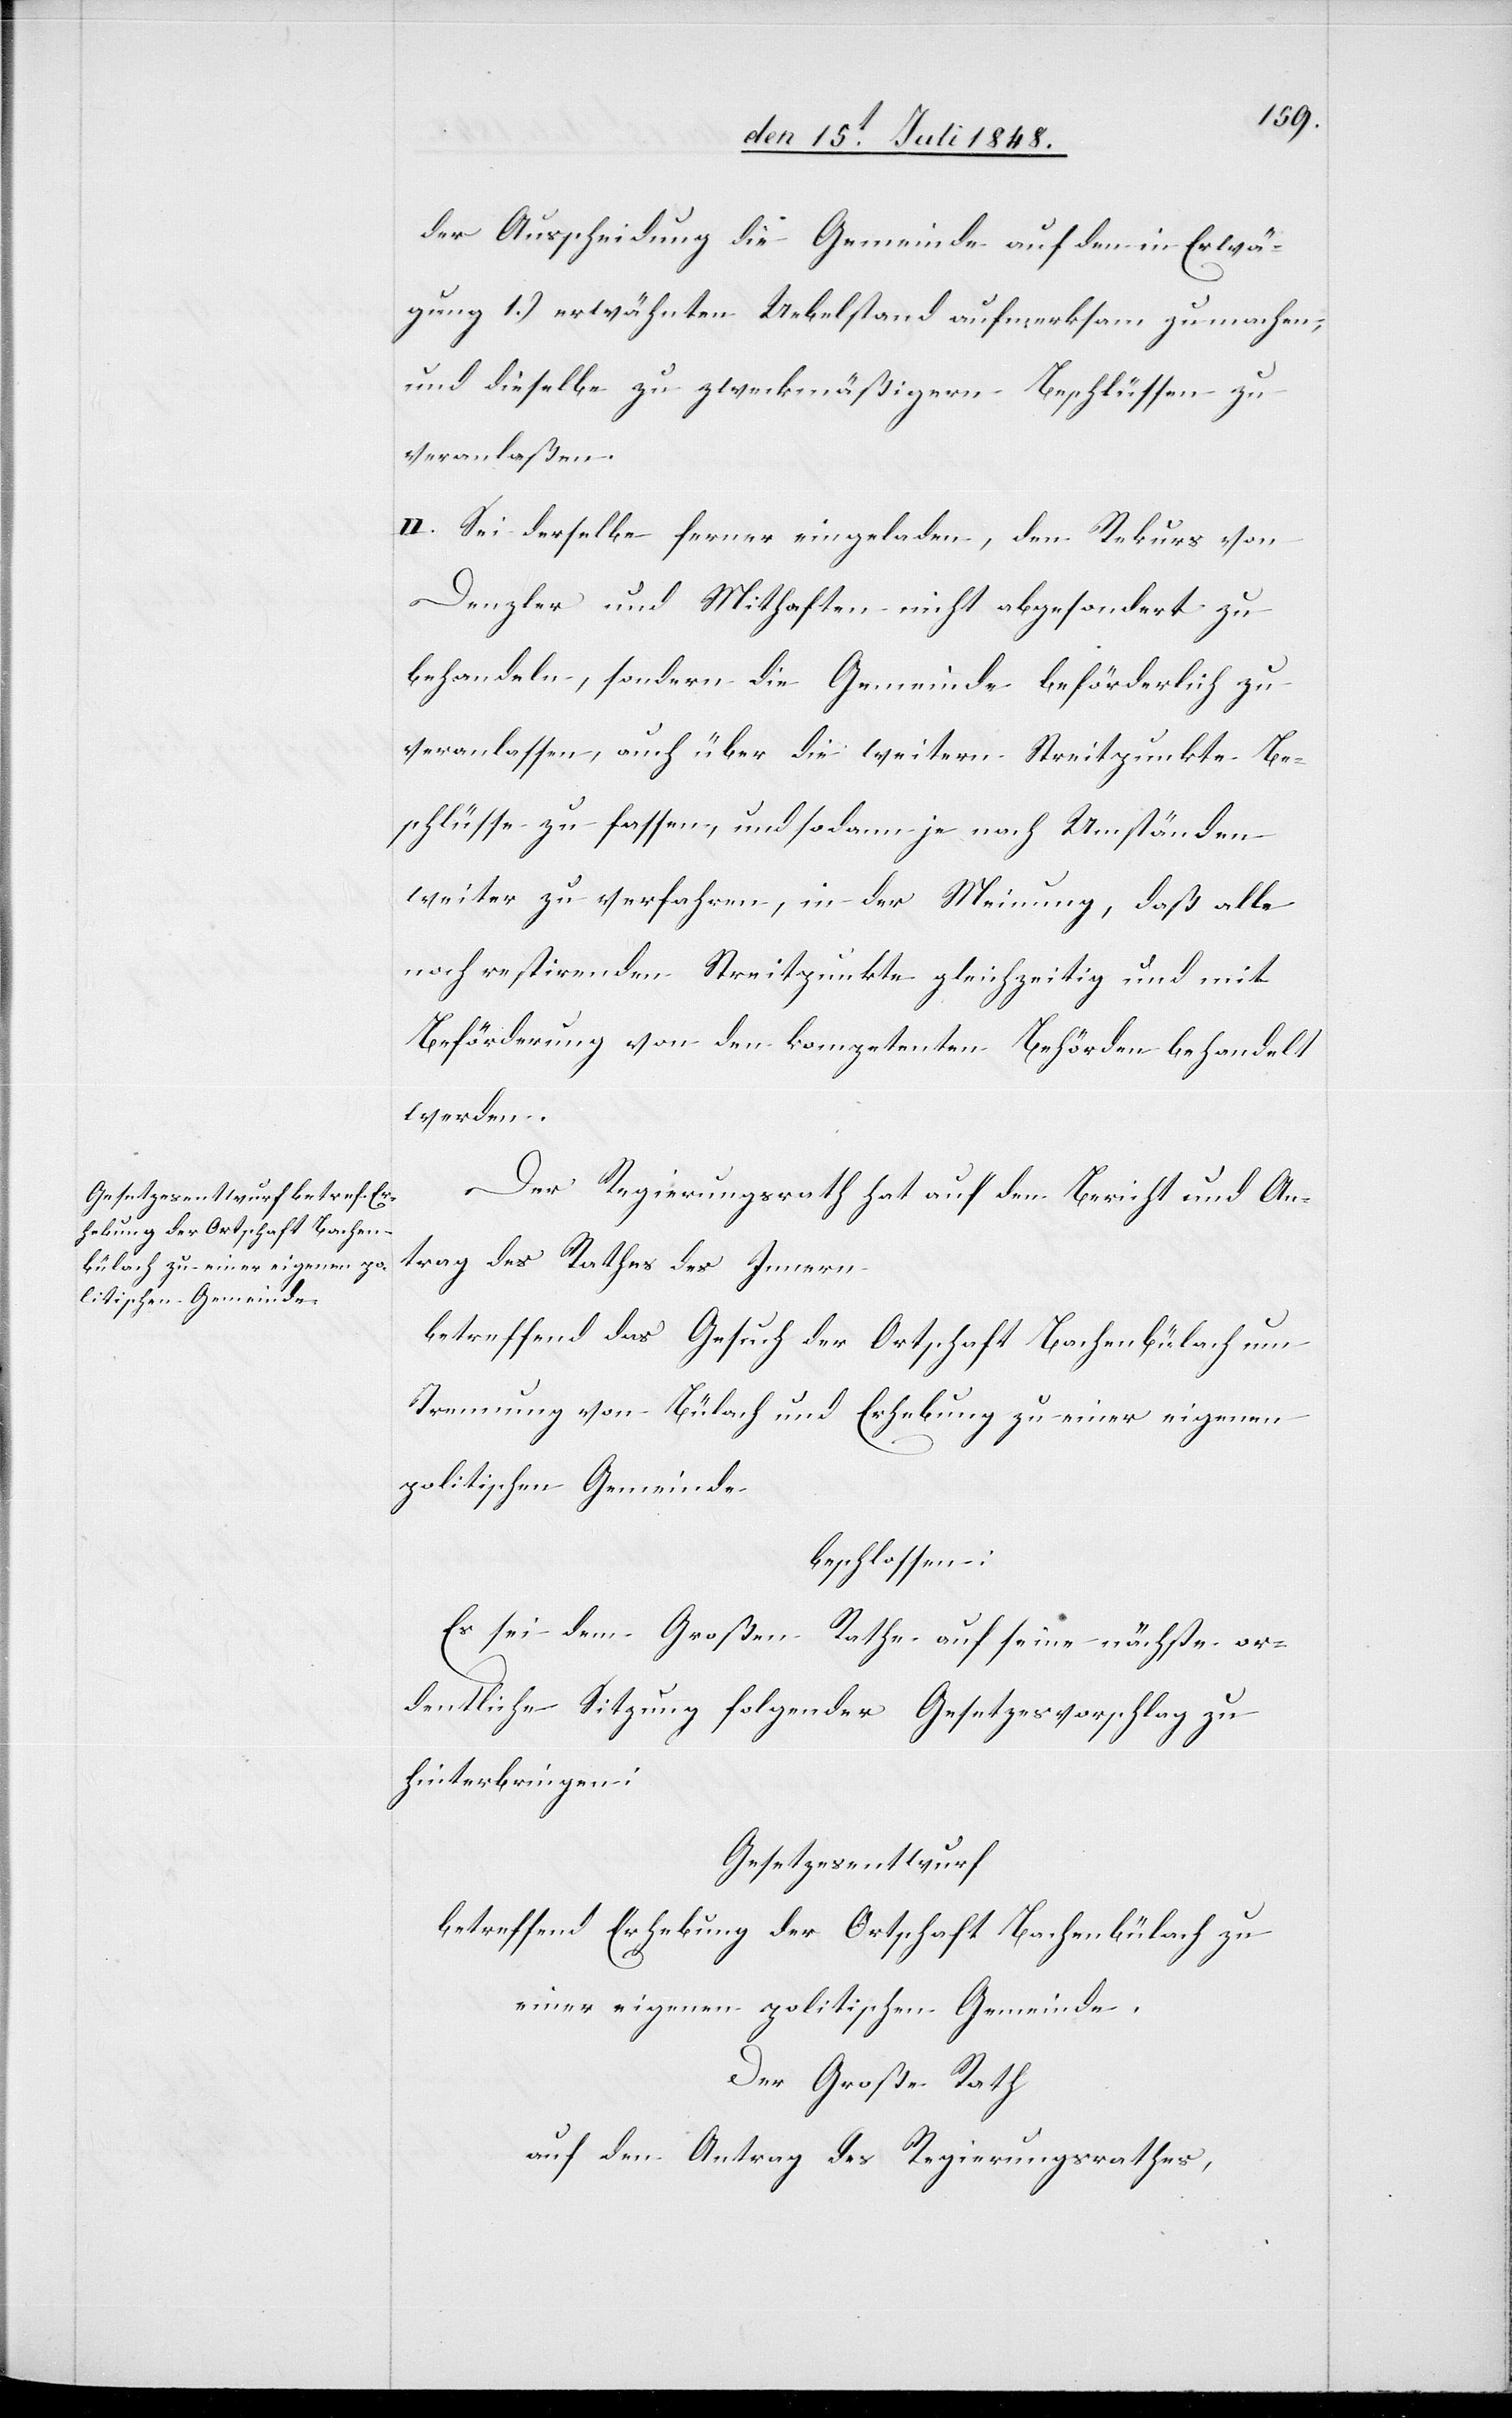
Der Regierungsrath hat auf den Bericht und An¬
trag des Rathes des Innern
betreffend das Gesuch der Ortschaft Bachenbülach um
Trennung von Bülach und Erhebung zu einer eignen
politischen Gemeinde
beschlossen:
Es sei dem Großen Rathe auf seine nächste or¬
dentliche Sitzung folgender Gesetzesvorschlag zu
hinterbringen;
Gesetzesentwurf
betreffend Erhebung der Ortschaft Bachenbülach zu
einer eigenen politischen Gemeinde.
Der Große Rath
auf den Antrag des Regierungsrathes,